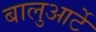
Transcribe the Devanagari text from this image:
बालुआर्टे